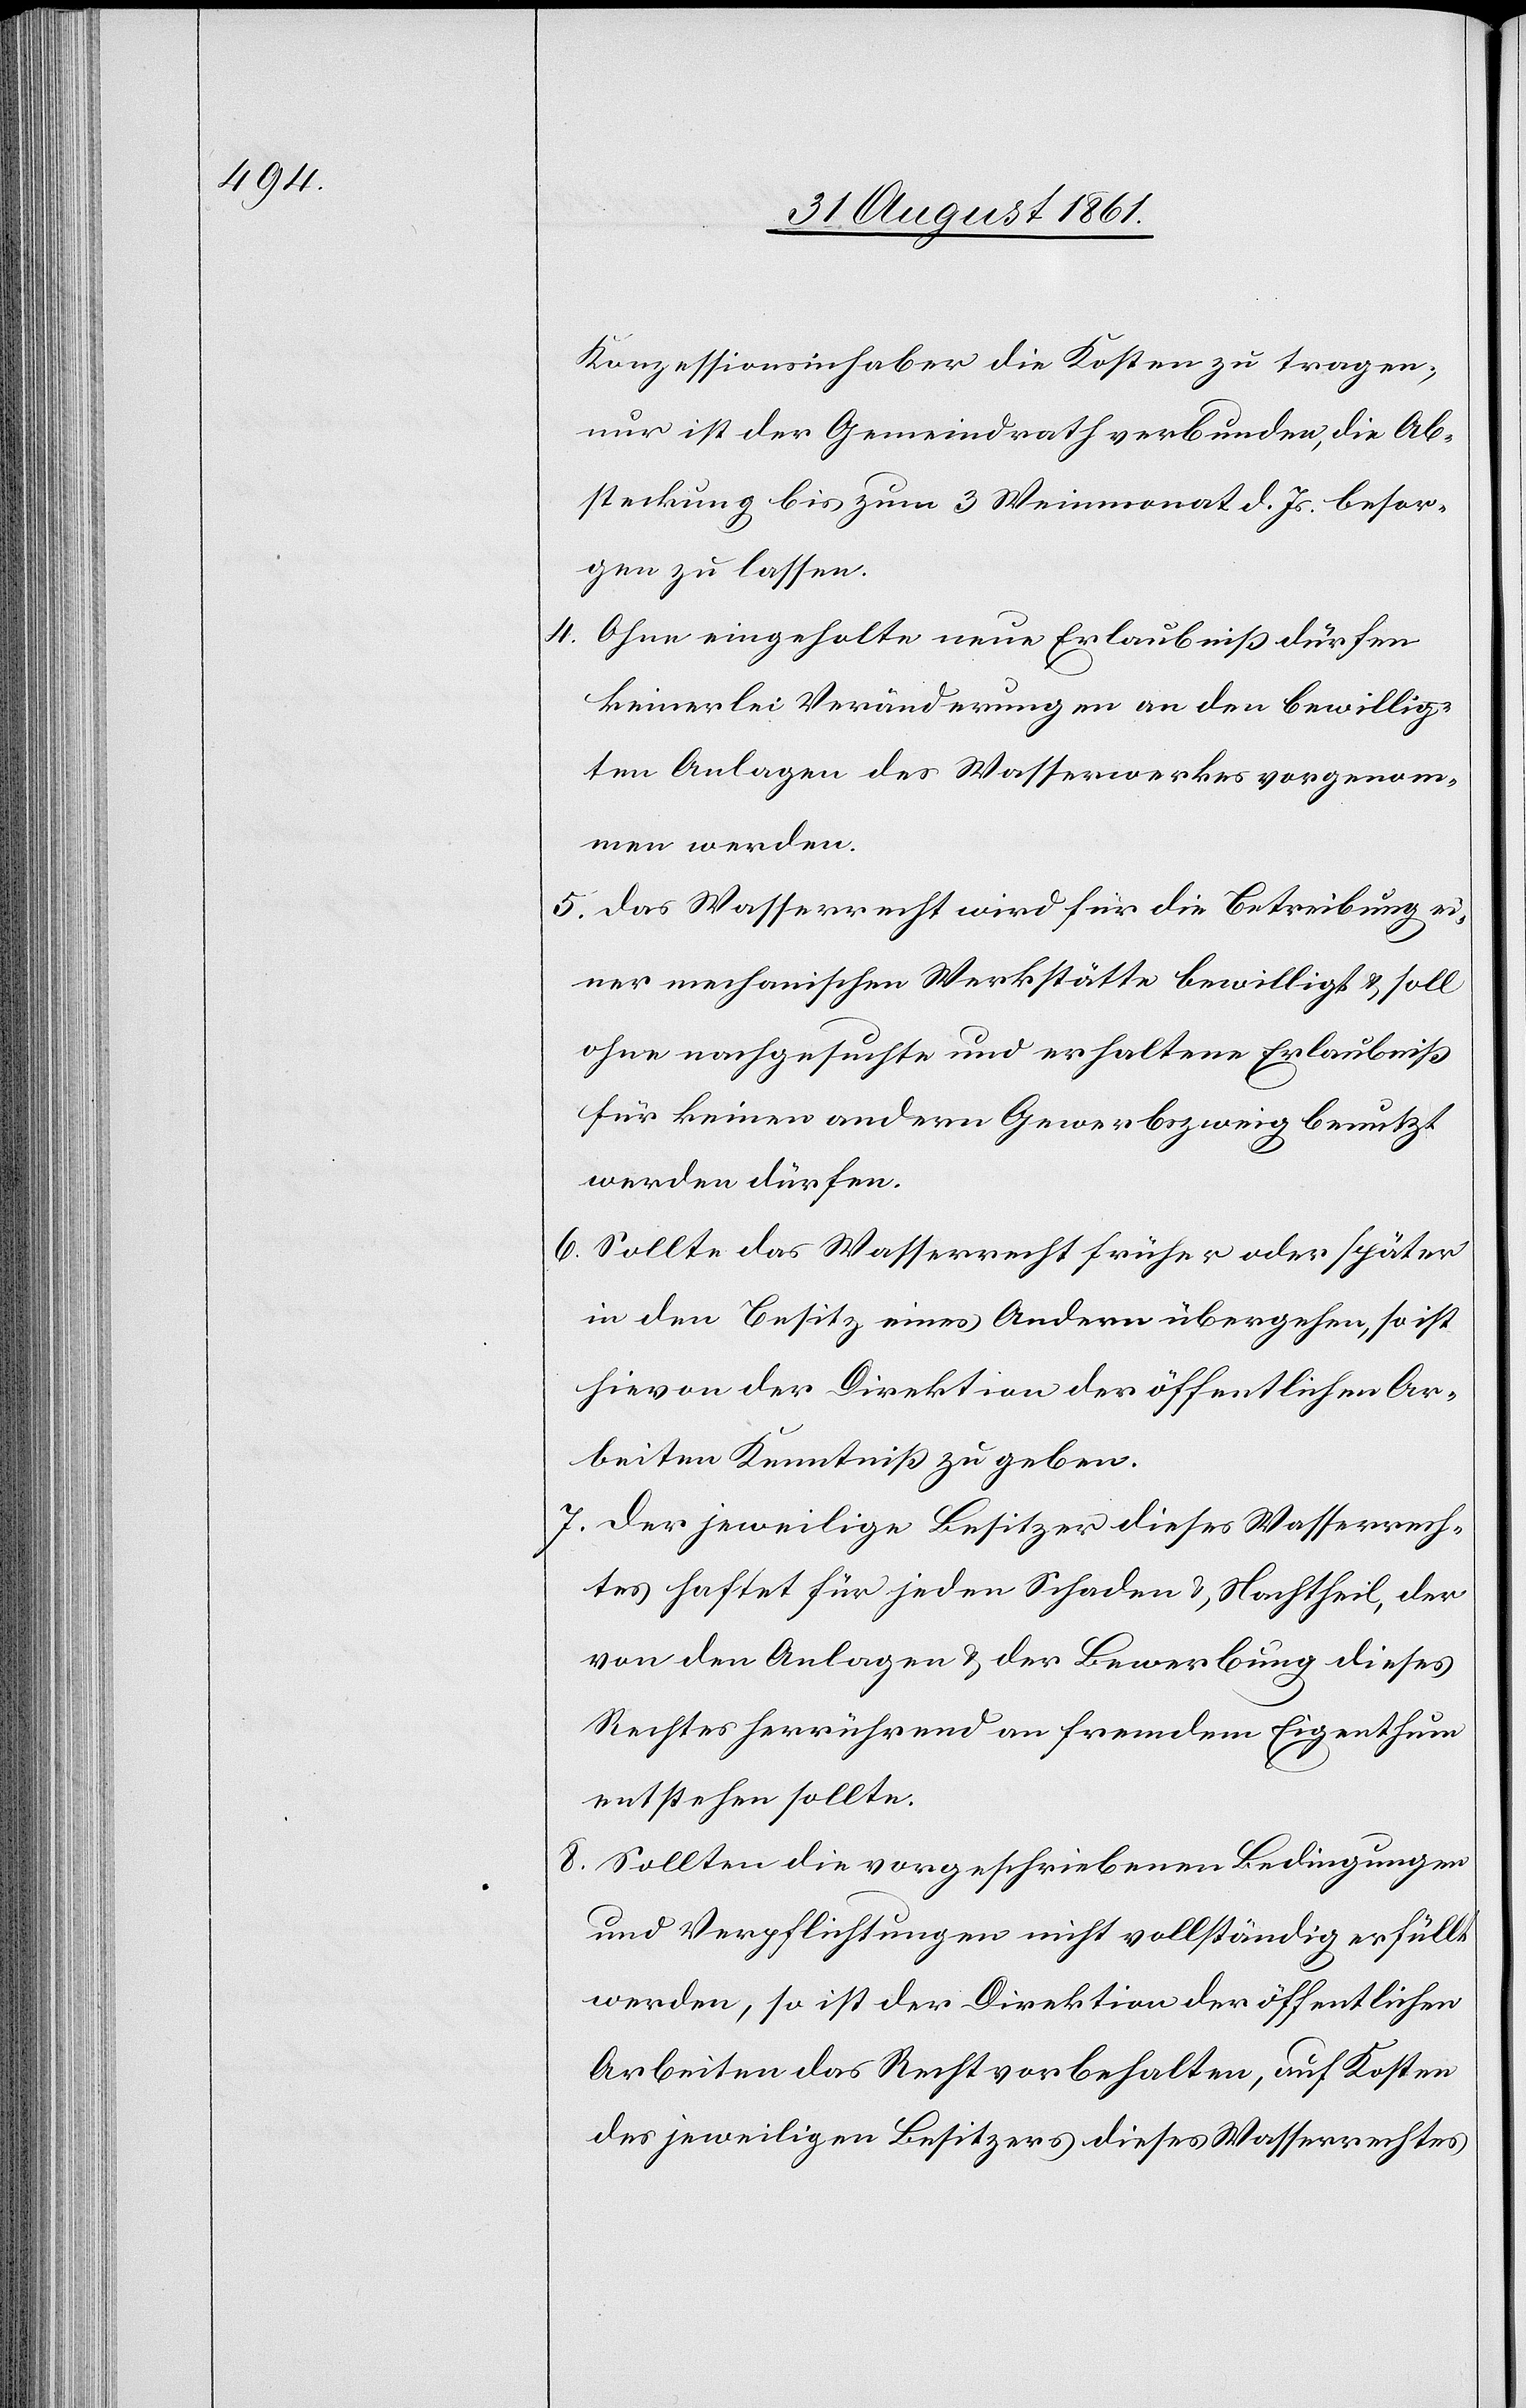
Konzessionsinhaber die Kosten zu tragen,
nur ist der Gemeindrath verbunden, die Ab¬
steckung bis zum 3 Weinmonat d. Js. besor¬
gen zu lassen.
4. Ohne eingeholte neue Erlaubniß dürfen
keinerlei Veränderungen an den bewillig¬
ten Anlagen des Wasserwerkes vorgenom¬
men werden.
5. Das Wasserrecht wird für die Betreibung ei¬
ner mechanischen Werkstätte bewilligt u. soll
ohne nachgesuchte und erhaltene Erlaubniß
für keinen andern Gewerbszweig benutzt
werden dürfen.
6. Sollte das Wasserrecht früher oder später
in den Besitz eines Andern übergehen, so ist
hievon der Direktion der öffentlichen Ar¬
beiten Kenntniß zu geben.
7. Der jeweilige Besitzer dieses Wasserrech¬
tes haftet für jeden Schaden u. Nachtheil, der
von den Anlagen u. der Bewerbung dieses
Rechtes herrührend an fremdem Eigenthum
entstehen sollte.
8. Sollten die vorgeschriebenen Bedingungen
und Verpflichtungen nicht vollständig erfüllt
werden, so ist der Direktion der öffentlichen
Arbeiten das Recht vorbehalten, auf Kosten
des jeweiligen Besitzers dieses Wasserrechtes